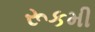
રૂકમી